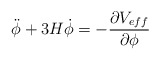
\begin{align*}\ddot{\phi}+3H\dot{\phi}=-\frac{{\partial}V_{eff}}{{\partial}{\phi}}\end{align*}